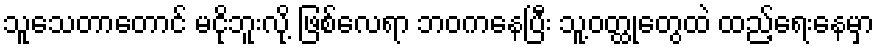
သူသေတာတောင် မငိုဘူးလို့ ဖြစ်လေရာ ဘဝကနေပြီး သူ့ဝတ္ထုတွေထဲ ထည့်ရေးနေမှာ